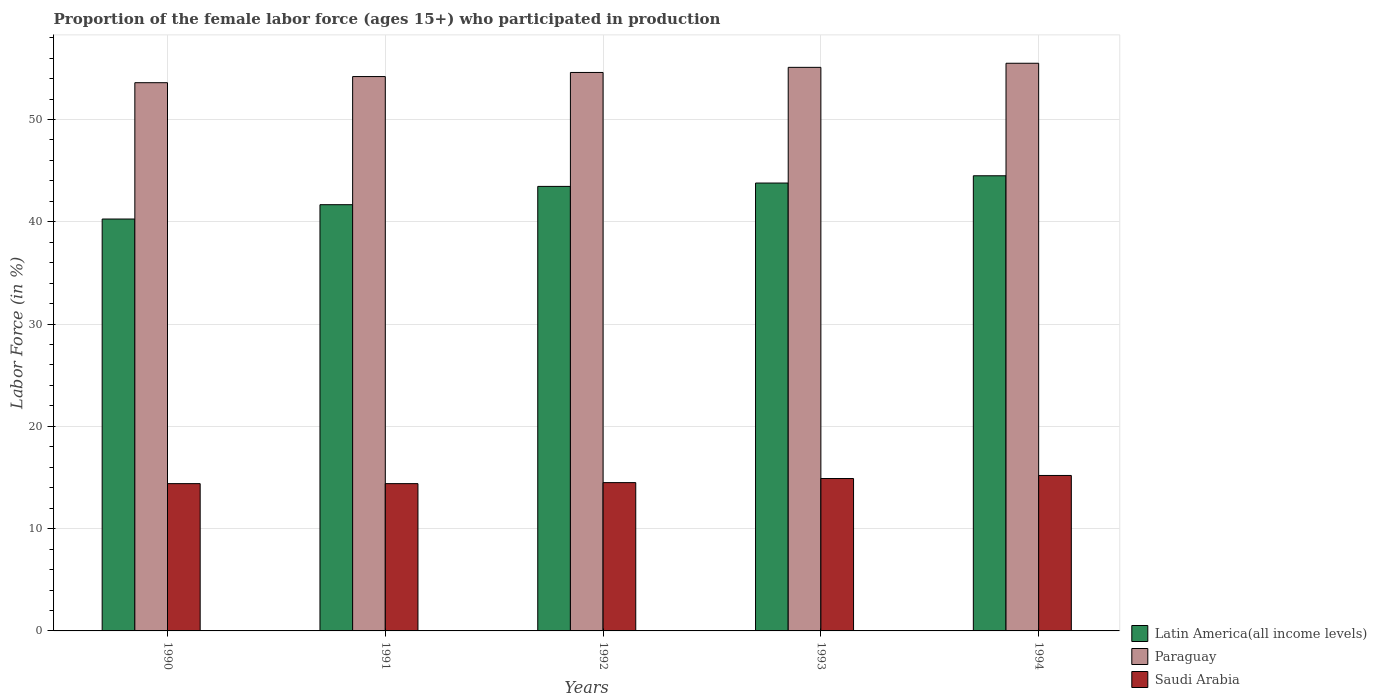
| Years | Latin America(all income levels) | Paraguay | Saudi Arabia |
 | --- | --- | --- | --- |
 | 1990 | 40.3 | 53.6 | 14.4 |
 | 1991 | 41.7 | 54.2 | 14.4 |
 | 1992 | 43.5 | 54.6 | 14.5 |
 | 1993 | 43.8 | 55.1 | 14.9 |
 | 1994 | 44.5 | 55.5 | 15.2 |